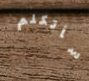
سأتكلم